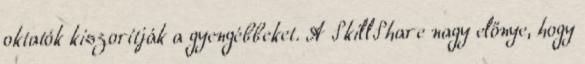
oktatók kiszorítják a gyengébbeket. A SkillShare nagy előnye, hogy